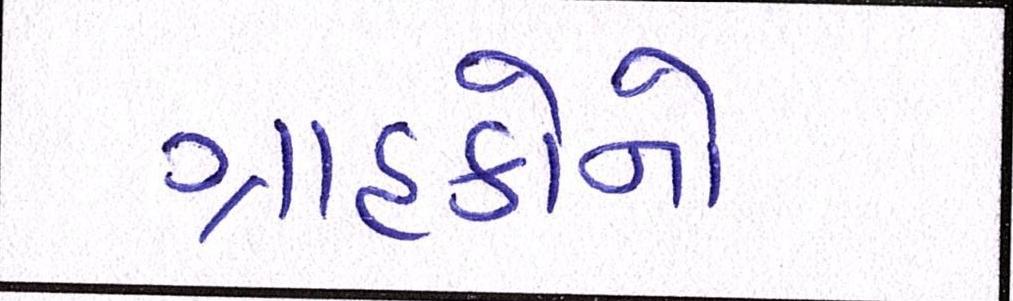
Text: ગ્રાહકોનો